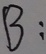
B :